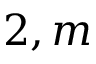
2 , m